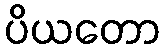
ပိယတော